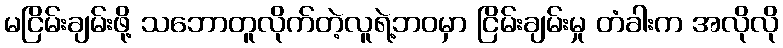
မငြိမ်းချမ်းဖို့ သဘောတူလိုက်တဲ့လူရဲ့ဘဝမှာ ငြိမ်းချမ်းမှု တံခါးက အလိုလို